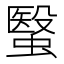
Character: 䗟